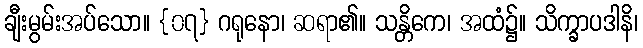
ချီးမွမ်းအပ်သော။ {၀၇} ဂရုနော၊ ဆရာ၏။ သန္တိကေ၊ အထံ၌။ သိက္ခာပဒါနိ၊